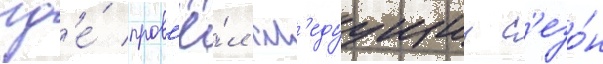
гд'е́ пров'ё́л сл'едуущии с'езо́н